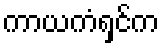
ကာယကံရှင်က